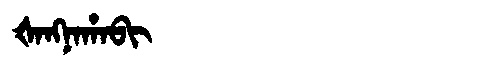
Manchu: ᡧᠠᠩᠨᠠᡥᠠᠪᡳ
Romanization: ŠANGNAHABI